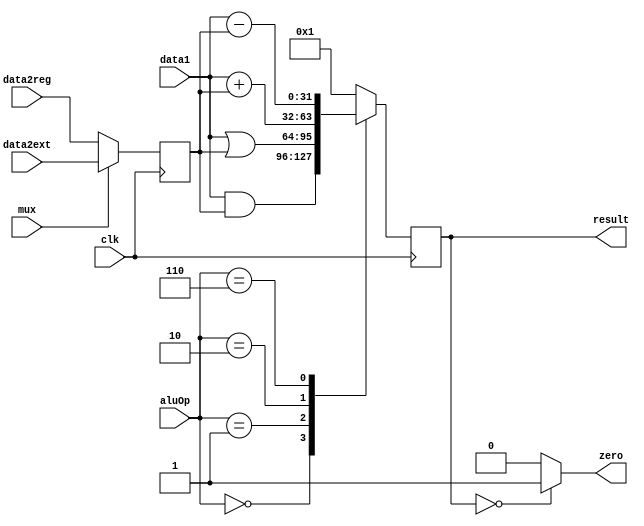
/*
	
*/

// Mux: data2reg: 0    data2ext: 1

module alu(clk, aluOp, data1, data2reg, data2ext, mux, result, zero);
	input clk, mux;
	input signed [3:0] aluOp;
	input signed [31:0] data1, data2reg, data2ext;
	output wire [31:0] result;
	
	reg [31:0] data2;
	reg [31:0] out;
	output reg zero;

	always @ (posedge clk) begin
		#40
		if (mux == 1) begin
			data2 = data2ext;
		end else begin
			data2 = data2reg;
		end
	end

	always @ (posedge clk) begin
		#41
		case(aluOp)
			4'b0000 : // AND
				begin
					out = data1 & data2;
					$display("ALU: AND op: %h", out);
				end
			4'b0001 : // OR
				begin
					out = data1 | data2;
					$display("ALU: OR op: %h", out);
				end
			4'b0010 : // add
				begin
					out = data1 + data2; 
					$display("ALU: ADD op: %h + %h = %h", data1, data2, out);
				end
			4'b0110 : // subtract
				begin
					out = data1 - data2; 
					$display("ALU: SUB op: %h - %h = %h", data1, data2, out);
				end
			default :
				begin
					out = 32'h1;
					$display("ALU: UNKOWN Op");
				end
		endcase
	end

	always @ (out) begin
		if(out == 0) begin
			zero = 1;
		end else begin
			zero = 0;
		end
	end

	assign result = out;

endmodule

/*
module alu_tb();

	reg clk_tb, mux_tb;
	reg [3:0] aluOp_tb;
	reg [31:0] data1_tb;
	reg [31:0] data2reg_tb;
	reg [31:0] data2ext_tb;

	wire [31:0] result_tb;
	wire zero_tb;

	initial 
	begin
		$display("ALU Testbench");
		data1_tb = 32'h0000000F;
		data2reg_tb = 32'h00000007;
		mux_tb = 0;
		
		aluOp_tb = 4'b0000;
		#100
		$display("AND: %h & %h = %h", data1_tb, data2reg_tb, result_tb);
		
		aluOp_tb = 4'b0001;
		#100
		$display("OR: %h | %h = %h", data1_tb, data2reg_tb, result_tb);
		
		data2reg_tb = 32'h0000000F;
		aluOp_tb = 4'b0110;
		#100
		$display("SUB: %h - %h = %h  zero: %h", data1_tb, data2reg_tb, result_tb, zero_tb);
		
		aluOp_tb = 4'b0010;
		#100
		$display("ADD: %h + %h = %h  zero: %h", data1_tb, data2reg_tb, result_tb, zero_tb);
		
		$finish;
	end

	alu alu_t(clk_tb, aluOp_tb, data1_tb, data2reg_tb, data2ext_tb, mux_tb, result_tb, zero_tb);


endmodule

*/